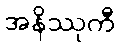
အနိဿုကီ